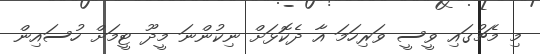
މި މެޗުގައި ވީސީ ވަރިހަމަ އާ ދެކޮޅަށް ނިކުންނަ މީދޫ ޓީމަށް ހުސައިން